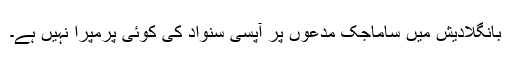
بانگلادیش میں ساماجک مدعوں پر آپسی سنواد کی کوئی پرمپرا نہیں ہے۔